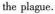
the plague.